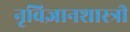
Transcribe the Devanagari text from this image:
नृविज्ञानशास्त्री